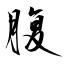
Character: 腹